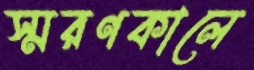
স্মরণকালে